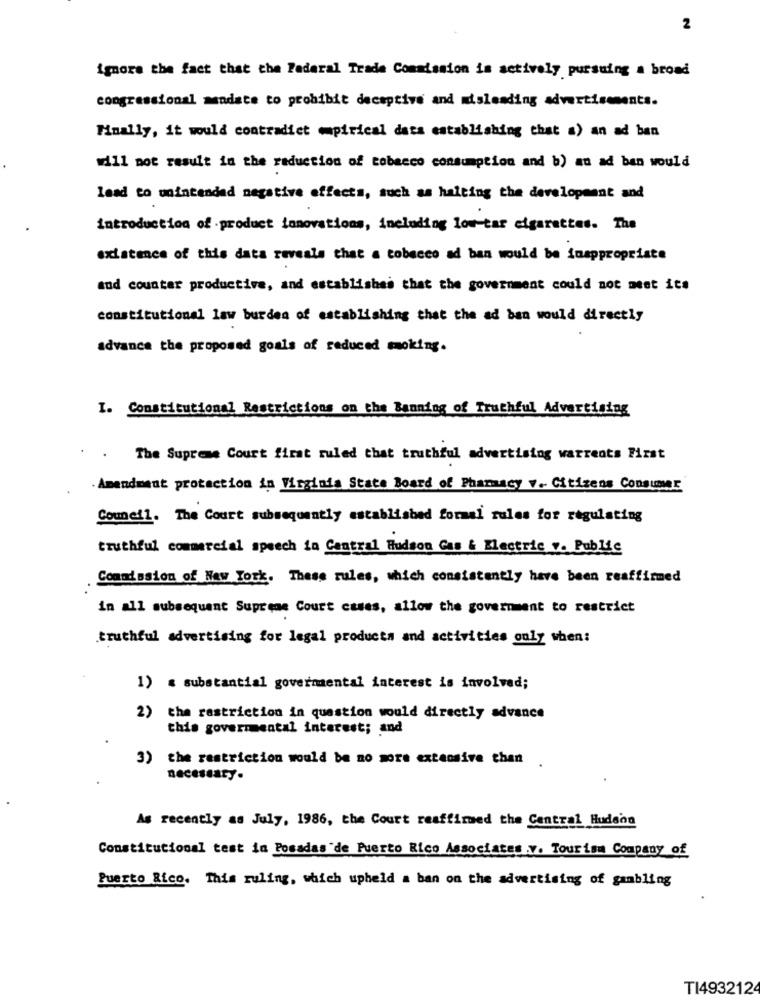
2
ignore the fact that the Federal Trade Commission is actively pursuing a broad
congressional mandate to prohibit deceptive and misleading advertisements.
Finally, it would contradict mpirical dats establishing that a) an ad ban
will not result in the reduction of tobacco consumption and b) au ad ben would
lead to unintended negative effects, such as halting the development and
introduction of product innovations, including low tar cigarettes. The
existence of this data reveals that a tobacco ad ban would be inappropriate
aud counter productive, and establishes that the government could not meet its
constitutional law burden of establishing that the ad ban would directly
advance the proposed goals of reduced smoking.
I. Constitutional Restrictions on the Banning of Truthful Advertising
The Supreme Court firat ruled that truthful advertising warrents First
. Amendment protection in Virginia State Board of Pharmacy v. Citizens Consumar
Council. The Court subsequently established formal rules for regulating
truthful commercial speech in Central Hudson Gas & Electric v. Public
Comodasion of New York. These rules, which consistently have been reaffirmed
in all subsequent Supreme Court cases, allow the government to restrict
truthful advertising for legal products and activities only when:
1) ≤ substantial governmental interest is involved;
2) the restriction in question would directly advance
this govermental interest; and
3) the restriction would be no more extensive than .
necessary.
As recently as July, 1986, the Court reaffimed the Central Hudson
Constitutional test in Posadas'de Puerto Rico Associates .v. Tourism Company of
Puerto Rico. This ruling, which upheld a ban on the advertising of gambling
T1493212